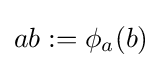
ab:=\phi _{a}(b)